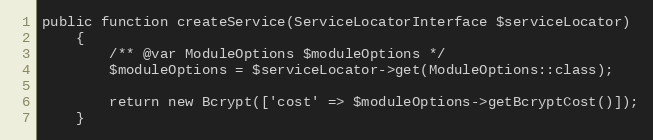
Language: PHP
public function createService(ServiceLocatorInterface $serviceLocator)
    {
        /** @var ModuleOptions $moduleOptions */
        $moduleOptions = $serviceLocator->get(ModuleOptions::class);

        return new Bcrypt(['cost' => $moduleOptions->getBcryptCost()]);
    }